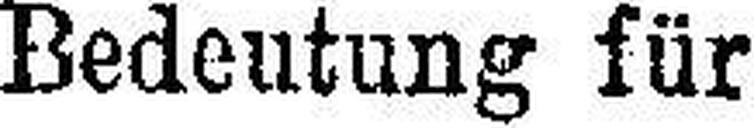
Bedeutung für